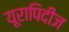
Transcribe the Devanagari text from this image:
यूरापिदीज